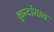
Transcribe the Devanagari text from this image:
कुन्दोमाल